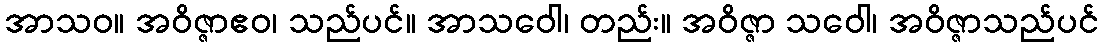
အာသဝ။ အဝိဇ္ဇာဧဝ၊ သည်ပင်။ အာသဝေါ၊ တည်း။ အဝိဇ္ဇာ သဝေါ၊ အဝိဇ္ဇာသည်ပင်